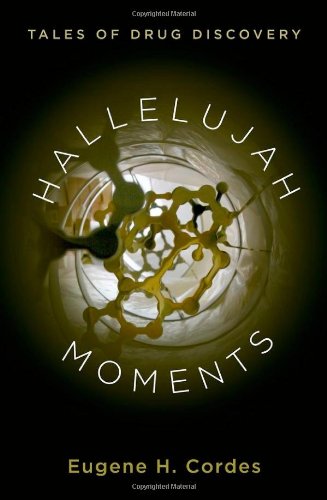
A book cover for Hallelujah Moments: Tales of Drug Discovery; Eugene H. Cordes; Science & Math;